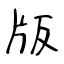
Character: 版